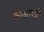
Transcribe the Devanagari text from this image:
वन्डालुर